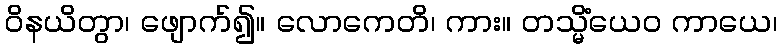
ဝိနယိတွာ၊ ဖျောက်၍။ လောကေတိ၊ ကား။ တသ္မိံယေဝ ကာယေ၊